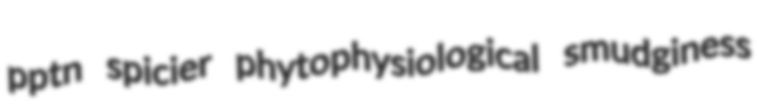
pptn spicier phytophysiological smudginess